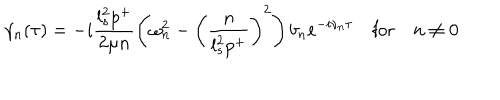
\gamma _ { n } ( \tau ) = - i \frac { l _ { s } ^ { 2 } p ^ { + } } { 2 \mu n } \left( \omega _ { n } ^ { 2 } - \left( \frac { n } { l _ { s } ^ { 2 } p ^ { + } } \right) ^ { 2 } \right) b _ { n } e ^ { - i \nu _ { n } \tau } \quad \textrm { f o r } \quad n \neq 0